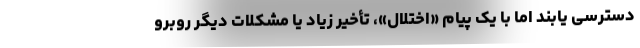
دسترسی یابند اما با یک پیام «اختلال»، تأخیر زیاد یا مشکلات دیگر روبرو